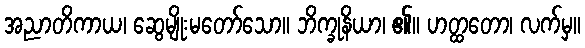
အညာတိကာယ၊ ဆွေမျိုးမတော်သော။ ဘိက္ခုနိယာ၊ ၏။ ဟတ္ထတော၊ လက်မှ။